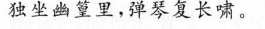
独坐幽篁里，弹琴复长啸。